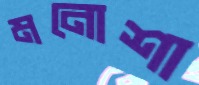
মনোশা